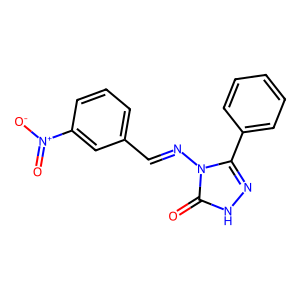
SMILES: O=c1[nH]nc(-c2ccccc2)n1N=Cc1cccc([N+](=O)[O-])c1
Inhibits HIV replication: No